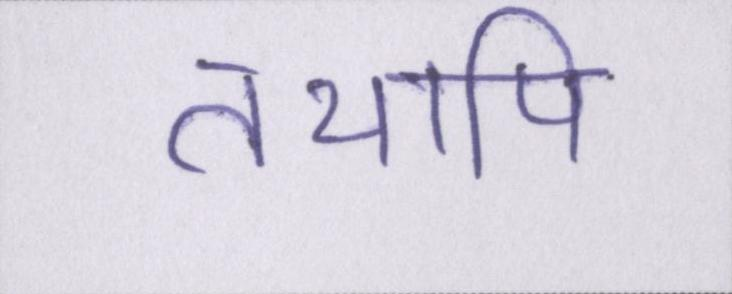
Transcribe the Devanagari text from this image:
तथापि